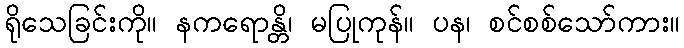
ရိုသေခြင်းကို။ နကရောန္တိ၊ မပြုကုန်။ ပန၊ စင်စစ်သော်ကား။